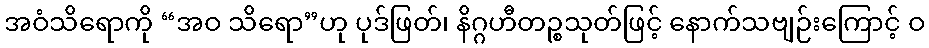
အဝံသိရောကို “အဝ သိရော”ဟု ပုဒ်ဖြတ်၊ နိဂ္ဂဟီတဉ္စသုတ်ဖြင့် နောက်သဗျဉ်းကြောင့် ဝ